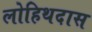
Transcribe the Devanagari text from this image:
लोहिथदास